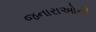
જનારાઓની